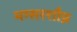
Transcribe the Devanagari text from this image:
मग्सरशौय्न